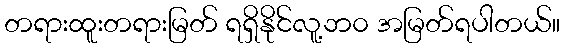
တရားထူးတရားမြတ် ရရှိနိုင်လူ့ဘ၀ အမြတ်ရပါတယ်။